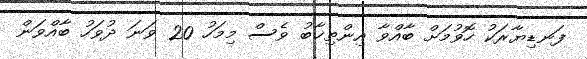
ފަނޑިޔާރަކު ހޮވުމަށް ބާއްވާ އިންތިޚާބު ވެސް މިމަހު 20 ވަނަ ދުވަހު ބާއްވަން